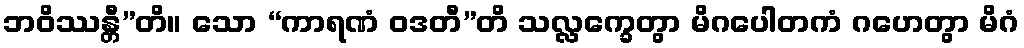
ဘဝိဿန္တီ”တိ။ သော “ကာရဏံ ဝဒတီ”တိ သလ္လက္ခေတွာ မိဂပေါတကံ ဂဟေတွာ မိဂံ